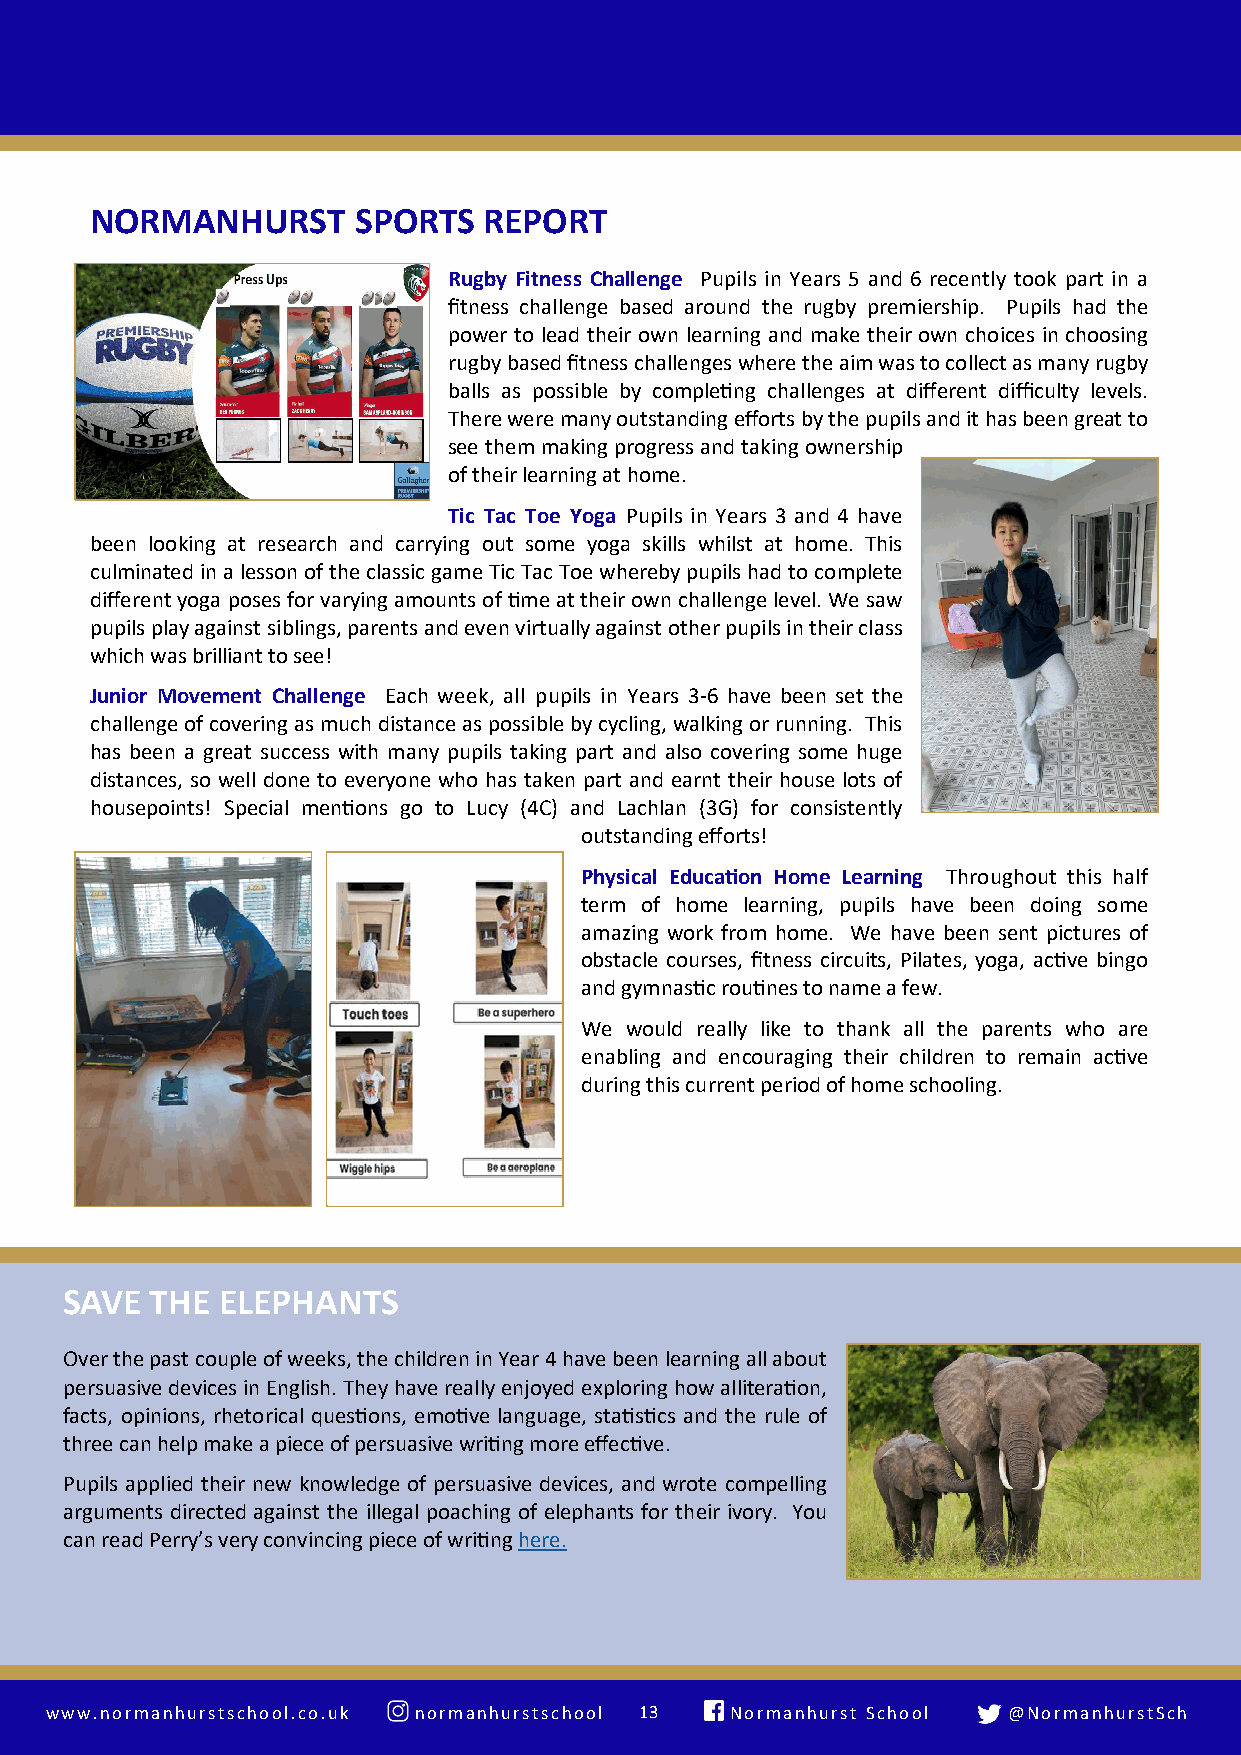
NORMANHURST      SPORTS   REPORT
 Rugby Fitness Challenge Pupils in Years 5 and 6 recently took part in a
 fitness challenge based around the rugby premiership. Pupils had the
 power to lead their own learning and make their own choices in choosing
 rugby based fitness challenges where the aim was to collect as many rugby
 balls as possible by completing challenges at different difficulty levels.
 There were many outstanding efforts by the pupils and it has been great to
 see them making progress and taking ownership
 of their learning at home.
 Tic Tac Toe Yoga Pupils in Years 3 and 4 have
 been looking at research and carrying out some yoga skills whilst at home. This
 culminated in a lesson of the classic game Tic Tac Toe whereby pupils had to complete
 different yoga poses for varying amounts of time at their own challenge level. We saw
 pupils play against siblings, parents and even virtually against other pupils in their class
 which was brilliant to see!
 Junior Movement Challenge Each week, all pupils in Years 3-6 have been set the
 challenge of covering as much distance as possible by cycling, walking or running. This
 has been a great success with many pupils taking part and also covering some huge
 distances, so well done to everyone who has taken part and earnt their house lots of
 housepoints! Special mentions go to Lucy (4C) and Lachlan (3G) for consistently
 outstanding efforts!
 Physical Education Home Learning Throughout this half
 term of home learning, pupils have been doing some
 amazing work from home. We have been sent pictures of
 obstacle courses, fitness circuits, Pilates, yoga, active bingo
 and gymnastic routines to name a few.
 We would really like to thank all the parents who are
 enabling and encouraging their children to remain active
 during this current period of home schooling.
 SAVE  THE  ELEPHANTS
 Over the past couple of weeks, the children in Year 4 have been learning all about
 persuasive devices in English. They have really enjoyed exploring how alliteration,
 facts, opinions, rhetorical questions, emotive language, statistics and the rule of
 three can help make a piece of persuasive writing more effective.
 Pupils applied their new knowledge of persuasive devices, and wrote compelling
 arguments directed against the illegal poaching of elephants for their ivory. You
 can read Perry’s very convincing piece of writing here.
 www.normanhurstschool.co.uk normanhurstschool 1 3 N o rmanhurst School @NormanhurstSch